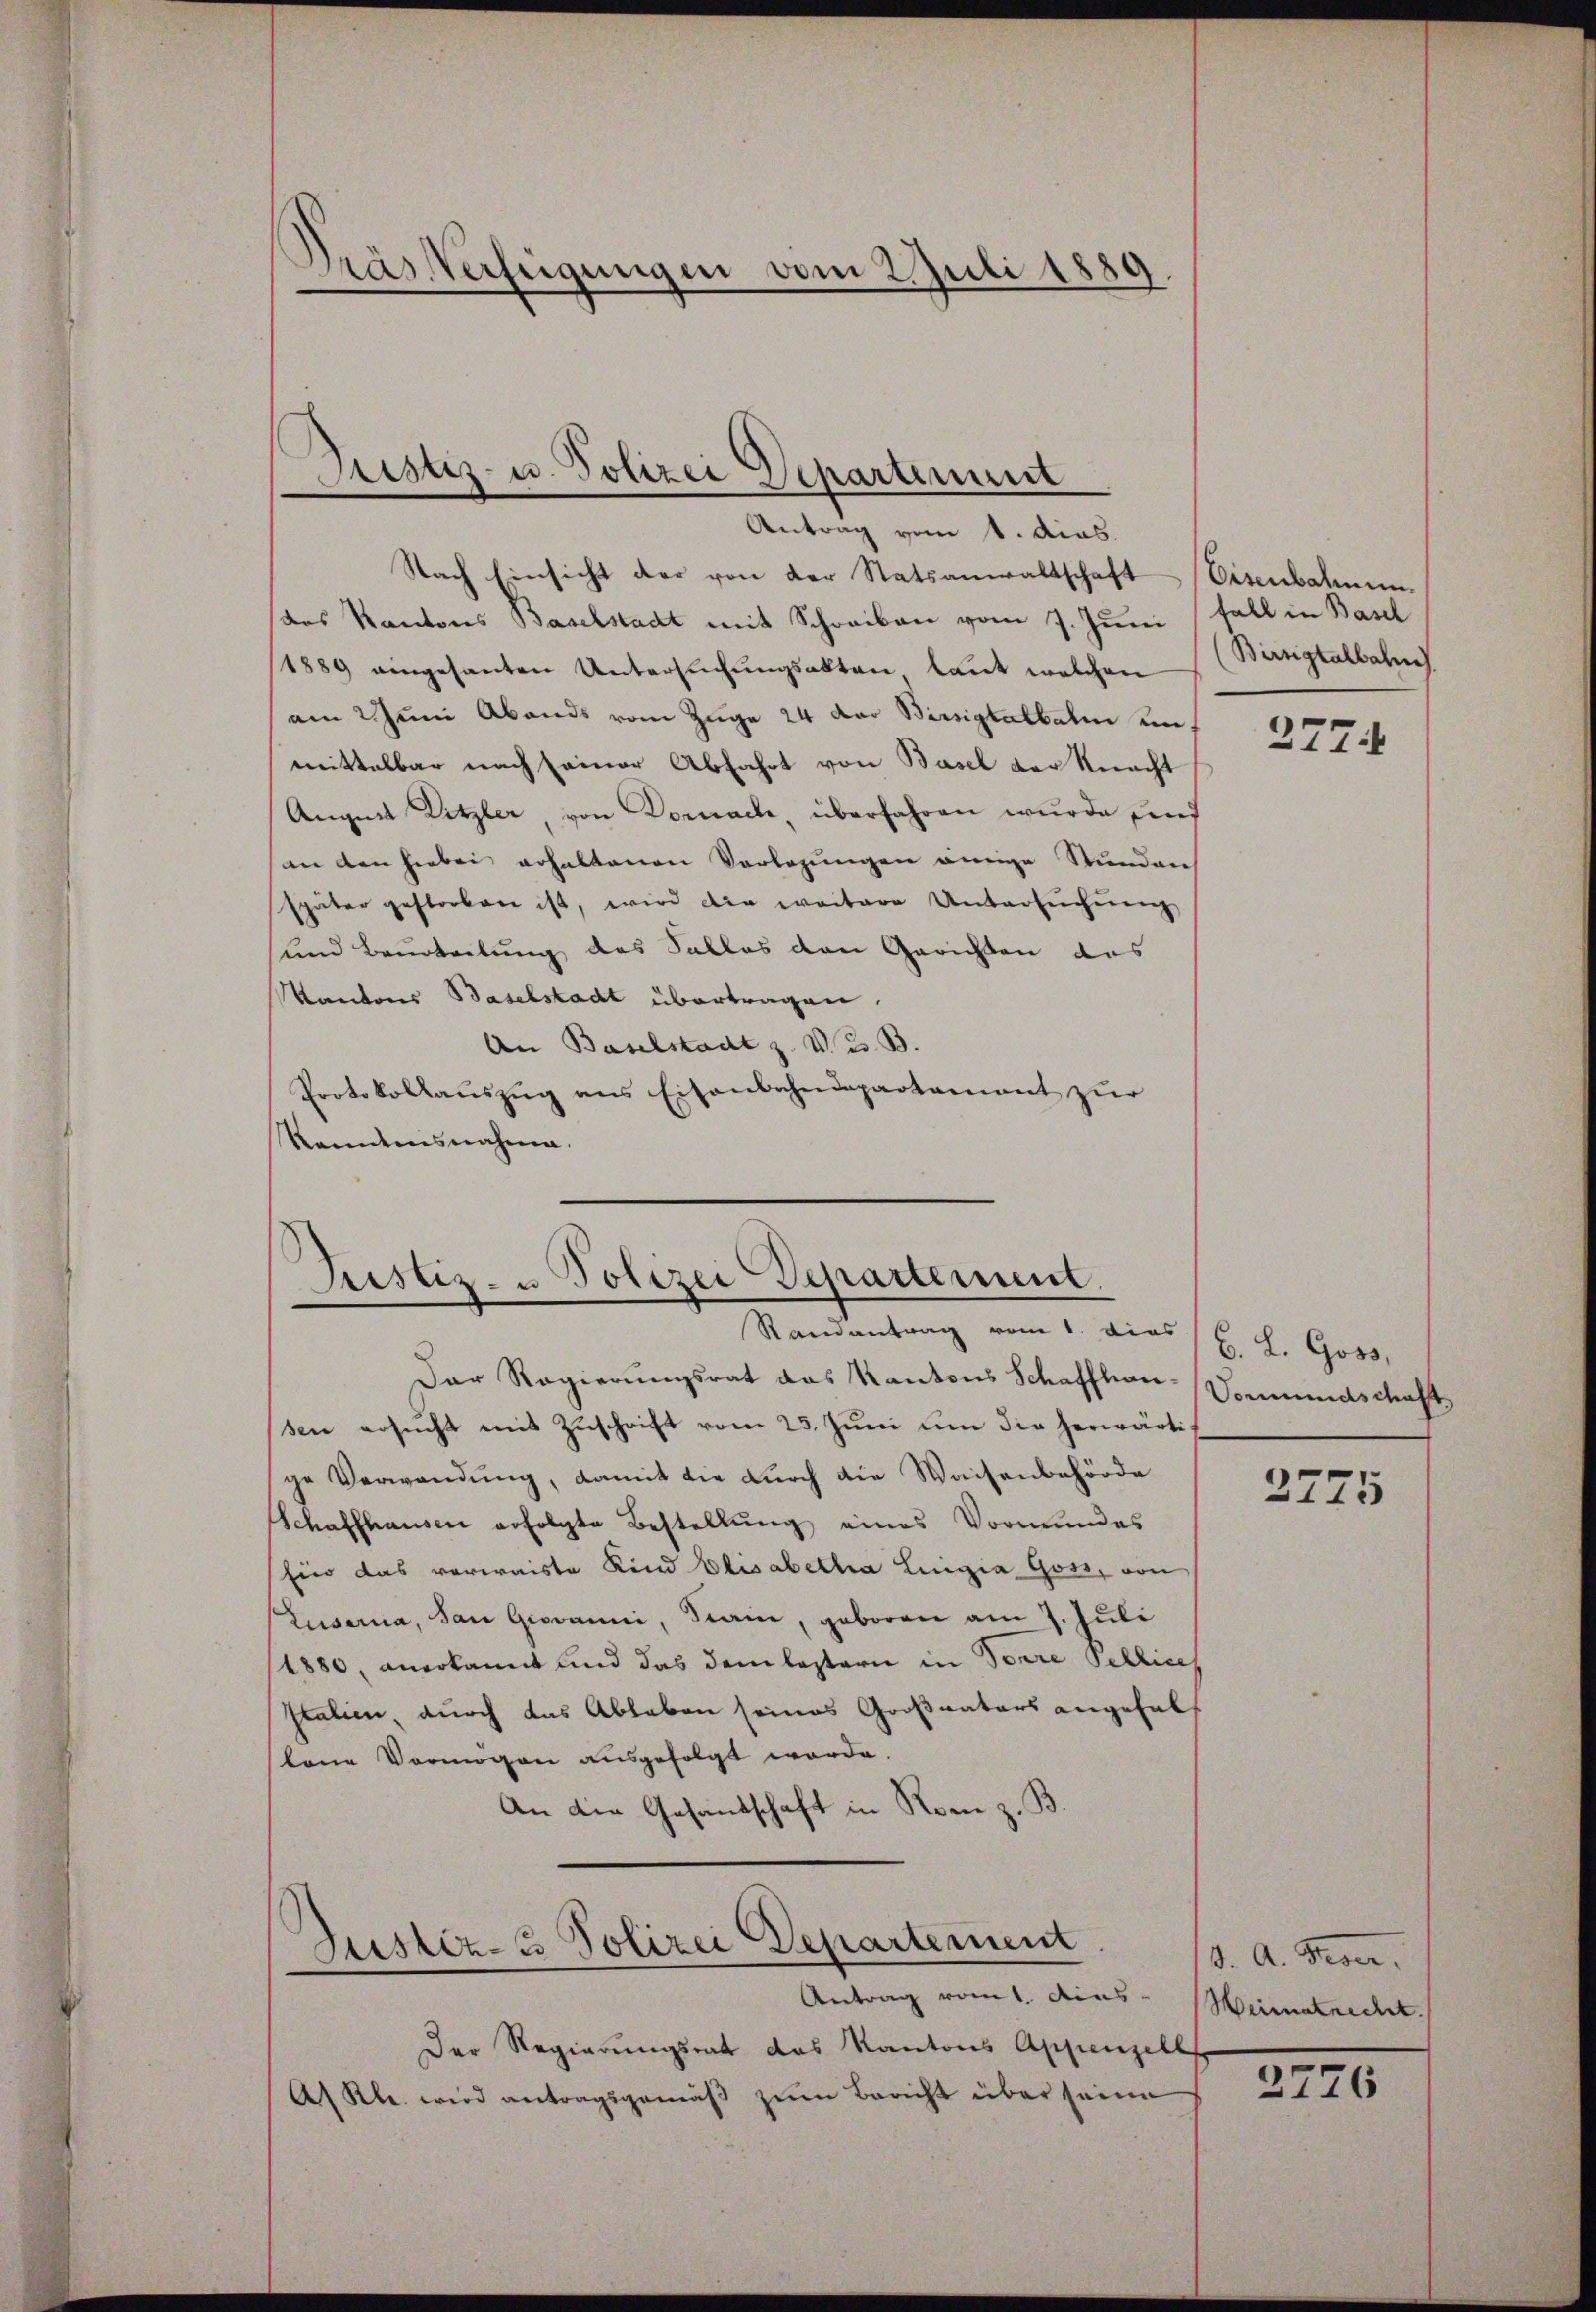
Dräs Verfügungen vom 2. Juli 1889.

Justiz- u. Polizei Departement
Antrag vom 1. dias.

Justiz- u Polizei-Departement.
Randantrag vom 1. dies l. J. Goss,

Nach Einsicht der von der Statsanwaltschaft Eisenbahnen.
das Kantons Baselstadt mit Schreiben vom 7. Juni Fall in Basel
1889 eingesanten Untersuchungsakten laut welchen
am Juni Abends vom Züge 24 der Birsigtatbalm un
mittelbar nach seiner Abfahrt von Basel der Macht
August Litzler, von Dornach, überfahren wurde sind
an den hiebei erhaltenen Verlegungen einige Stunden
später gestorben ist, wird die weitere Untersuchung
und Beurteilung des Salles den Gerichten des
Kantons Baselstadt übertragen.
An Baselstadt z. V. B.
Protokollaŭszŭg ans Eisenbahndepartamant zur
kanntnisnahme.

Der Regierungsrat das Kantons Schaffhau-Vormundschaft,
sen ersŭcht mit Zŭschrift vom 25. Jŭni ŭm die herwärtige Verwendung, damit die durch die Waisenbehörde
Schaffhausen erfolgte Bestellŭng eines Vormundes
Ein das verwaiste Kind Elisabetha Luigia Gott, von
Lusarna, San Giovanni, Siain, geboren am 7. Juli
1880, anerkannt und das dem leztern in Tore Pellice
Italien, durch das Ableben seines Großvaters angehalt
lane Vermögen ausgefolgt werde.
An die Gesandschaft in Ronn z. B.

Justiz- & Polizei Departement
Antrag vom 1. Aus

Birrigtalbahn

Der Regierungsrat das Kantons Appenzell
As Kle. wird antragsgemäβ zŭm Bericht über seine

277.

2775

d. A. Kron,
Weimatrecht.

2776